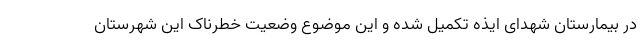
در بیمارستان شهدای ایذه تکمیل شده و این موضوع وضعیت خطرناک این شهرستان